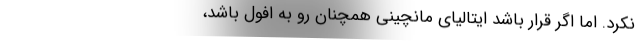
نکرد. اما اگر قرار باشد ایتالیای مانچینی همچنان رو به افول باشد،